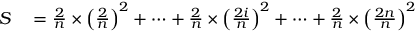
\begin{array} { r l } { S } & { { } = { \frac { 2 } { n } } \times \left( { \frac { 2 } { n } } \right) ^ { 2 } + \cdots + { \frac { 2 } { n } } \times \left( { \frac { 2 i } { n } } \right) ^ { 2 } + \cdots + { \frac { 2 } { n } } \times \left( { \frac { 2 n } { n } } \right) ^ { 2 } } \end{array}